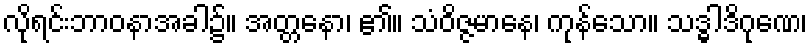
လိုရင်းဘာဝနာအခါ၌။ အတ္တနော၊ ၏။ သံဝိဇ္ဇမာနေ၊ ကုန်သော။ သဒ္ဓါဒိဂုဏေ၊